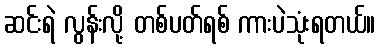
ဆင်းရဲ လွန်းလို့ တစ်ပတ်ရစ် ကားပဲသုံးရတယ်။